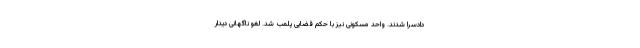
دادسرا شدند. واحد مسکونی نیز با حکم قضایی پلمب شد. لغو ناگهانی دیدار